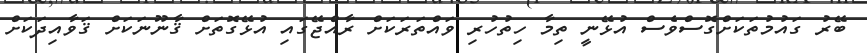
ބޭރު ގައުމުތަކަށްގޮސްވެސް އުޅޭނީ ތިމާ ހިތުހުރި ވައްތަރަކަށް ރާއްޖޭގައި އުޅޭގޮތަށް ޤާނޫނަކަށް ޤަވާއިދަކަށް